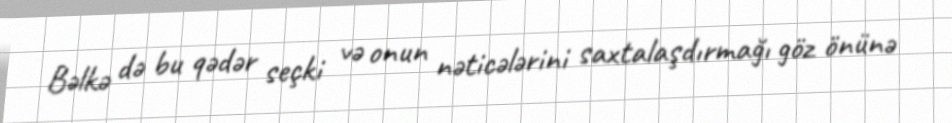
Bəlkə də bu qədər seçki və onun nəticələrini saxtalaşdırmağı göz önünə